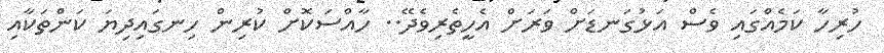
ހުރިހާ ކަމެއްގައި ވެސް އަޅުގަނޑަށް ވަރަށް އެހީތެރިވެދޭ.. ހާއްސަކޮށް ކުރިން ހިނގައިދިޔަ ކަންތަކާއި